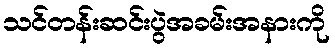
သင်တန်းဆင်းပွဲအခမ်းအနားကို